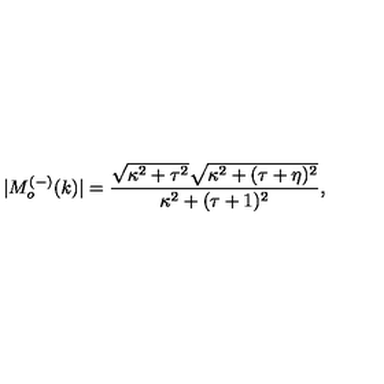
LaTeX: | M _ { o } ^ { ( - ) } ( k ) | = \frac { \sqrt { \kappa ^ { 2 } + \tau ^ { 2 } } \sqrt { \kappa ^ { 2 } + ( \tau + \eta ) ^ { 2 } } } { \kappa ^ { 2 } + ( \tau + 1 ) ^ { 2 } } ,